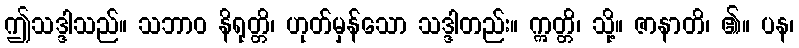
ဤသဒ္ဒါသည်။ သဘာဝ နိရုတ္တိ၊ ဟုတ်မှန်သော သဒ္ဒါတည်း။ ဣတ္တိ၊ သို့။ ဇာနာတိ၊ ၏။ ပန၊